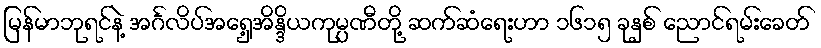
မြန်မာဘုရင်နဲ့ အင်္ဂလိပ်အရှေ့အိန္ဒိယကုမ္ပဏီတို့ ဆက်ဆံရေးဟာ ၁၆၁၅ ခုနှစ် ညောင်ရမ်းခေတ်